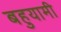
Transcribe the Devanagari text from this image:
बहुयामी